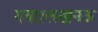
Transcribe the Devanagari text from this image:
गया।लखनऊ